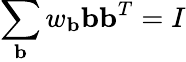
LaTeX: \sum_{\mathbf{b}}w_{\mathbf{b}}\mathbf{b}\mathbf{b}^{T}=I